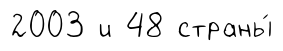
2003 и 48 страны́